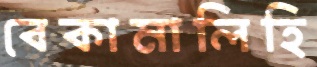
বেকামালিহি